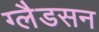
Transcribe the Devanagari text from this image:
ग्लैडसन